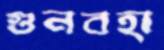
গুনবহা